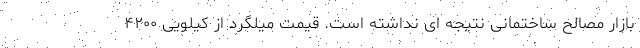
بازار مصالح ساختمانی نتیجه ای نداشته است. قیمت میلگرد از کیلویی ۴۲۰۰